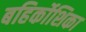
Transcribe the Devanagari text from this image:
बहिर्कोशिका